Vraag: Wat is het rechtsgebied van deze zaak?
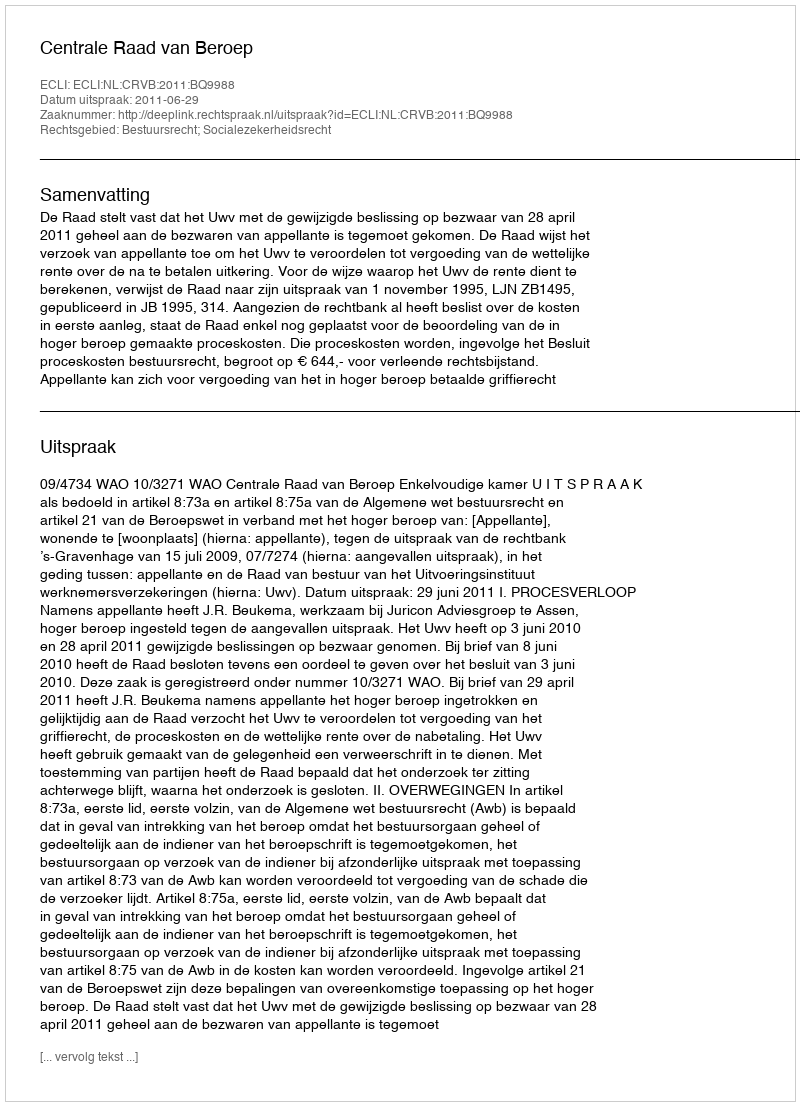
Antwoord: Bestuursrecht; Socialezekerheidsrecht